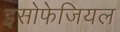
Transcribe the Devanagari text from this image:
इसोफेजियल